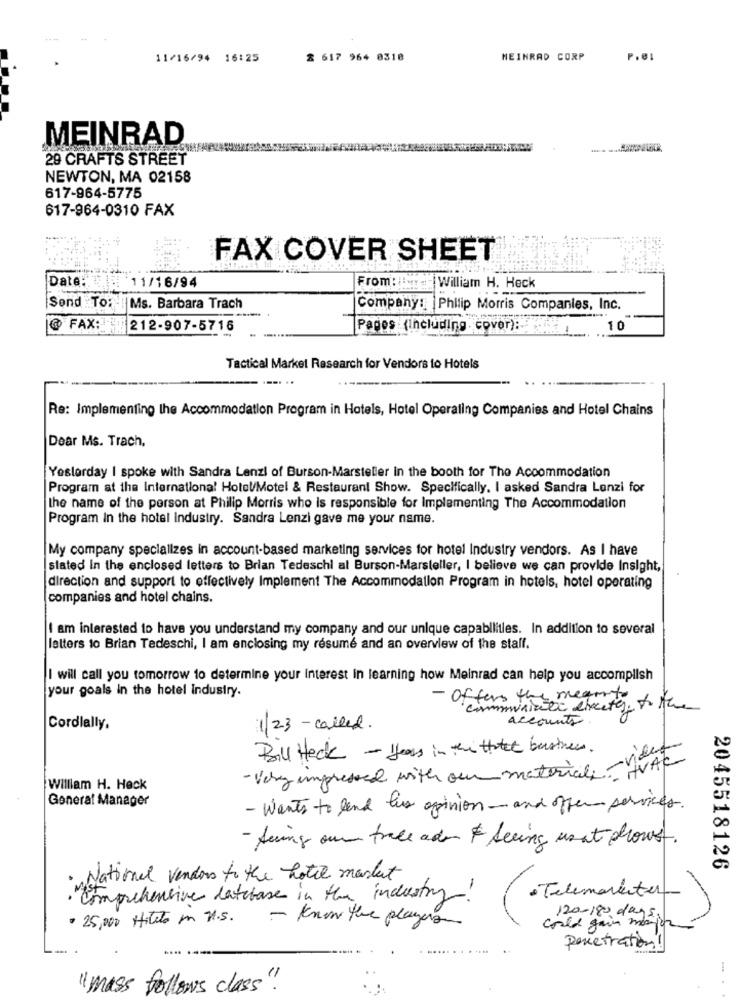
11/16/94 16:25
2 617 964 0318
MEINRAD CORP
P.01
MEINRAD
29 CRAFTS STREET
NEWTON, MA 02158
617-964-5775
617-964-0310 FAX
FAX COVER SHEET
Date: 11/16/94
From :!!: - |William H. Heck
Send To: | Ms. Barbara Trach
Company: Philip Morris Companies, Inc.
@ FAX:
212-907-5716
Pares (including cover):
10
Tactical Market Research for Vendors to Hotels
--.. ..
Re: Implementing the Accommodation Program in Hotels, Hotel Operaling Companies and Hotel Chains
Dear Ms. Trach.
Yesterday I spoke with Sandra Lanzi of Burson-Marsteller in the booth for The Accommodation
Program at the International Hotel/Motel & Restaurant Show. Specifically. I asked Sandra Lonzi for
the name of the person at Philip Morris who is responsible for Implementing The Accommodation
Program In the hotel Industry. Sandra Lenzi gave me your name.
My company specializes in account-based marketing services for hotel Industry vendors. As I have
stated In the enclosed letters to Brian Tedeschi al Burson-Marsteller, I believe we can provide Insight,
direction and support to effectively Implement The Accommodation Program in hotels, hotel operating
companies and hotel chains.
I am interested to have you understand my company and our unique capabilities. In addition to several
letters to Brian Tedeschi, I am enclosing my resume and an overview of the staff.
I will call you tomorrow to determine your interest in learning how Meinrad can help you accomplish
your goals in the hotel Industry.
- Offers the meanto
accounts
Cordially.
1/23 - called.
Bill Heck - years in the that business.
- Very impressed with our materiale -IVA
William H. Heck
General Manager
- Wants to lend his opinion - and offer services.
- facing our trace ado $ Seeing us at dows.
2045518126
National vendors to the hotel market
. Telemarenter
· comprehensive database in the industry
· 25,000 Hileto In U.S.
- Know the players
could gain mejor
120-180 days:
penetration!
"mass follows class"